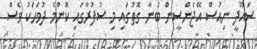
ސައޫދީ ނިއުސް އޭޖެންސީން ބުނާ ގޮތުގައި މި ސުފުރާގައި ކޮންމެ ދުވަހަކު ވެސް